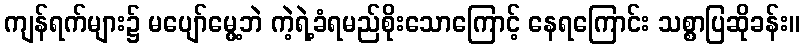
ကျန်ရက်များ၌ မပျော်မွေ့ဘဲ ကဲ့ရဲ့ခံရမည်စိုးသောကြောင့် နေရကြောင်း သစ္စာပြဆိုခန်း။